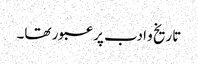
تاریخ و ادب پر عبور تھا۔